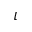
\iota